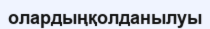
олардыңқолданылуы